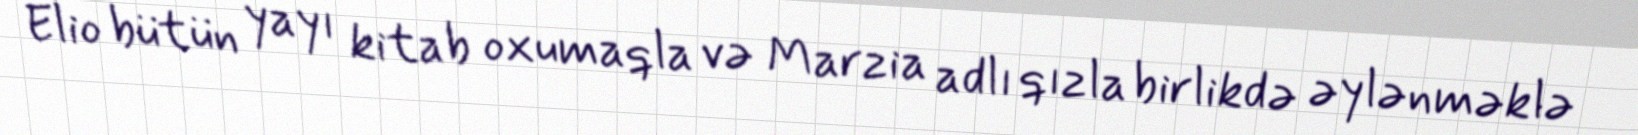
Elio bütün yayı kitab oxumaqla və Marzia adlı qızla birlikdə əylənməklə